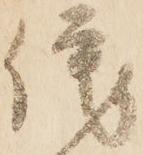
侘